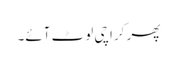
پھر کراچی لوٹ آئے۔